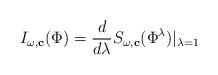
LaTeX: \begin{align*}I_{\omega,\mathbf{c}}(\Phi)=\frac{d}{d\lambda}S_{\omega,\mathbf{c}}(\Phi^{\lambda})|_{\lambda =1}\end{align*}